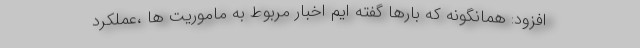
افزود: همانگونه که بارها گفته ایم اخبار مربوط به ماموریت ها ،عملکرد